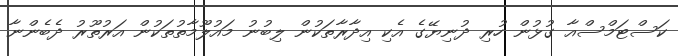
ކަސްޓަމްސްއާ ގުޅުން ހުރި ދުނިޔޭގެ އެކި އިދާރާތަކުން ލިބުނު މައުލޫމާތުތަކުން އަރުތޫރު ދެބެންނާ